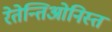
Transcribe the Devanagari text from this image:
रेतेन्तिओनिस्त